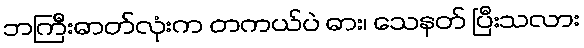
ဘကြီးဓာတ်လုံးက တကယ်ပဲ ဓား၊ သေနတ် ပြီးသလား